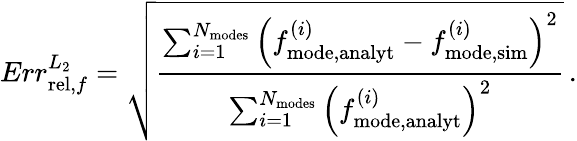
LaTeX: Err_{\mathrm{rel},f}^{L_{2}}=\sqrt{\frac{\sum_{i=1}^{N_{\mathrm{modes}}}\left(f_{\mathrm{mode,analyt}}^{(i)}-f_{\mathrm{mode,sim}}^{(i)}\right)^{2}}{\sum_{i=1}^{N_{\mathrm{modes}}}\left(f_{\mathrm{mode,analyt}}^{(i)}\right)^{2}}}\, .